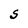
Character: S